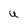
Character: U